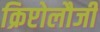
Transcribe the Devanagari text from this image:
क्रिप्टोलौजी